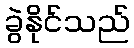
ခွဲနိုင်သည်